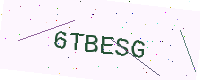
Text: 6TBESG